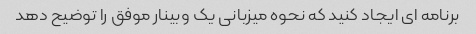
برنامه ای ایجاد کنید که نحوه میزبانی یک وبینار موفق را توضیح دهد